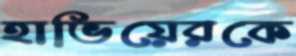
হাভিয়েরকে